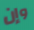
وإن